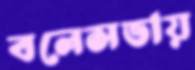
বলেসভায়